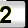
Digit: 2